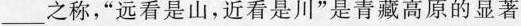
___之称，”远看是山，近看是川”是青藏高原的显著